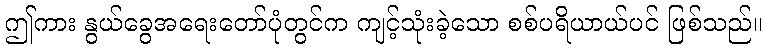
ဤကား နွယ်ခွေအရေးတော်ပုံတွင်က ကျင့်သုံးခဲ့သော စစ်ပရိယာယ်ပင် ဖြစ်သည်။